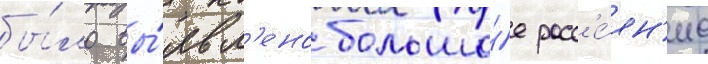
бы́ло вы́явл'ено большо́е расс'е́ян'ие